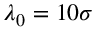
\lambda _ { 0 } = 1 0 \sigma